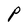
Character: P